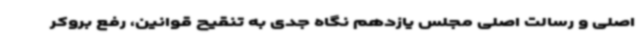
اصلی و رسالت اصلی مجلس یازدهم نگاه جدی به تنقیح قوانین، رفع بروکر